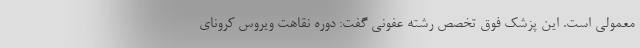
معمولی است. این پزشک فوق تخصص رشته عفونی گفت: دوره نقاهت ویروس کرونای